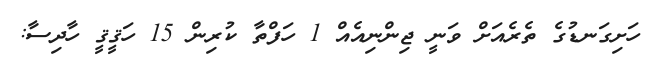
ހަށިގަނޑުގެ ތެރެއަށް ވަނީ ޖިންނިއެއް 1 ހަފްތާ ކުރިން 15 ހަޤީޤީ ހާދިސާ: